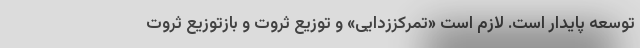
توسعه پایدار است. لازم است «تمرکززدایی» و توزیع ثروت و بازتوزیع ثروت